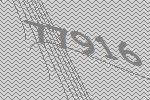
77916